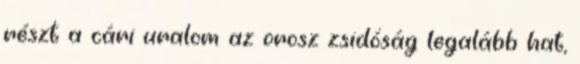
részt a cári uralom az orosz zsidóság legalább hat,